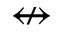
\nleftrightarrow